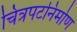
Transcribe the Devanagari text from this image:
चित्रपटनिर्माण